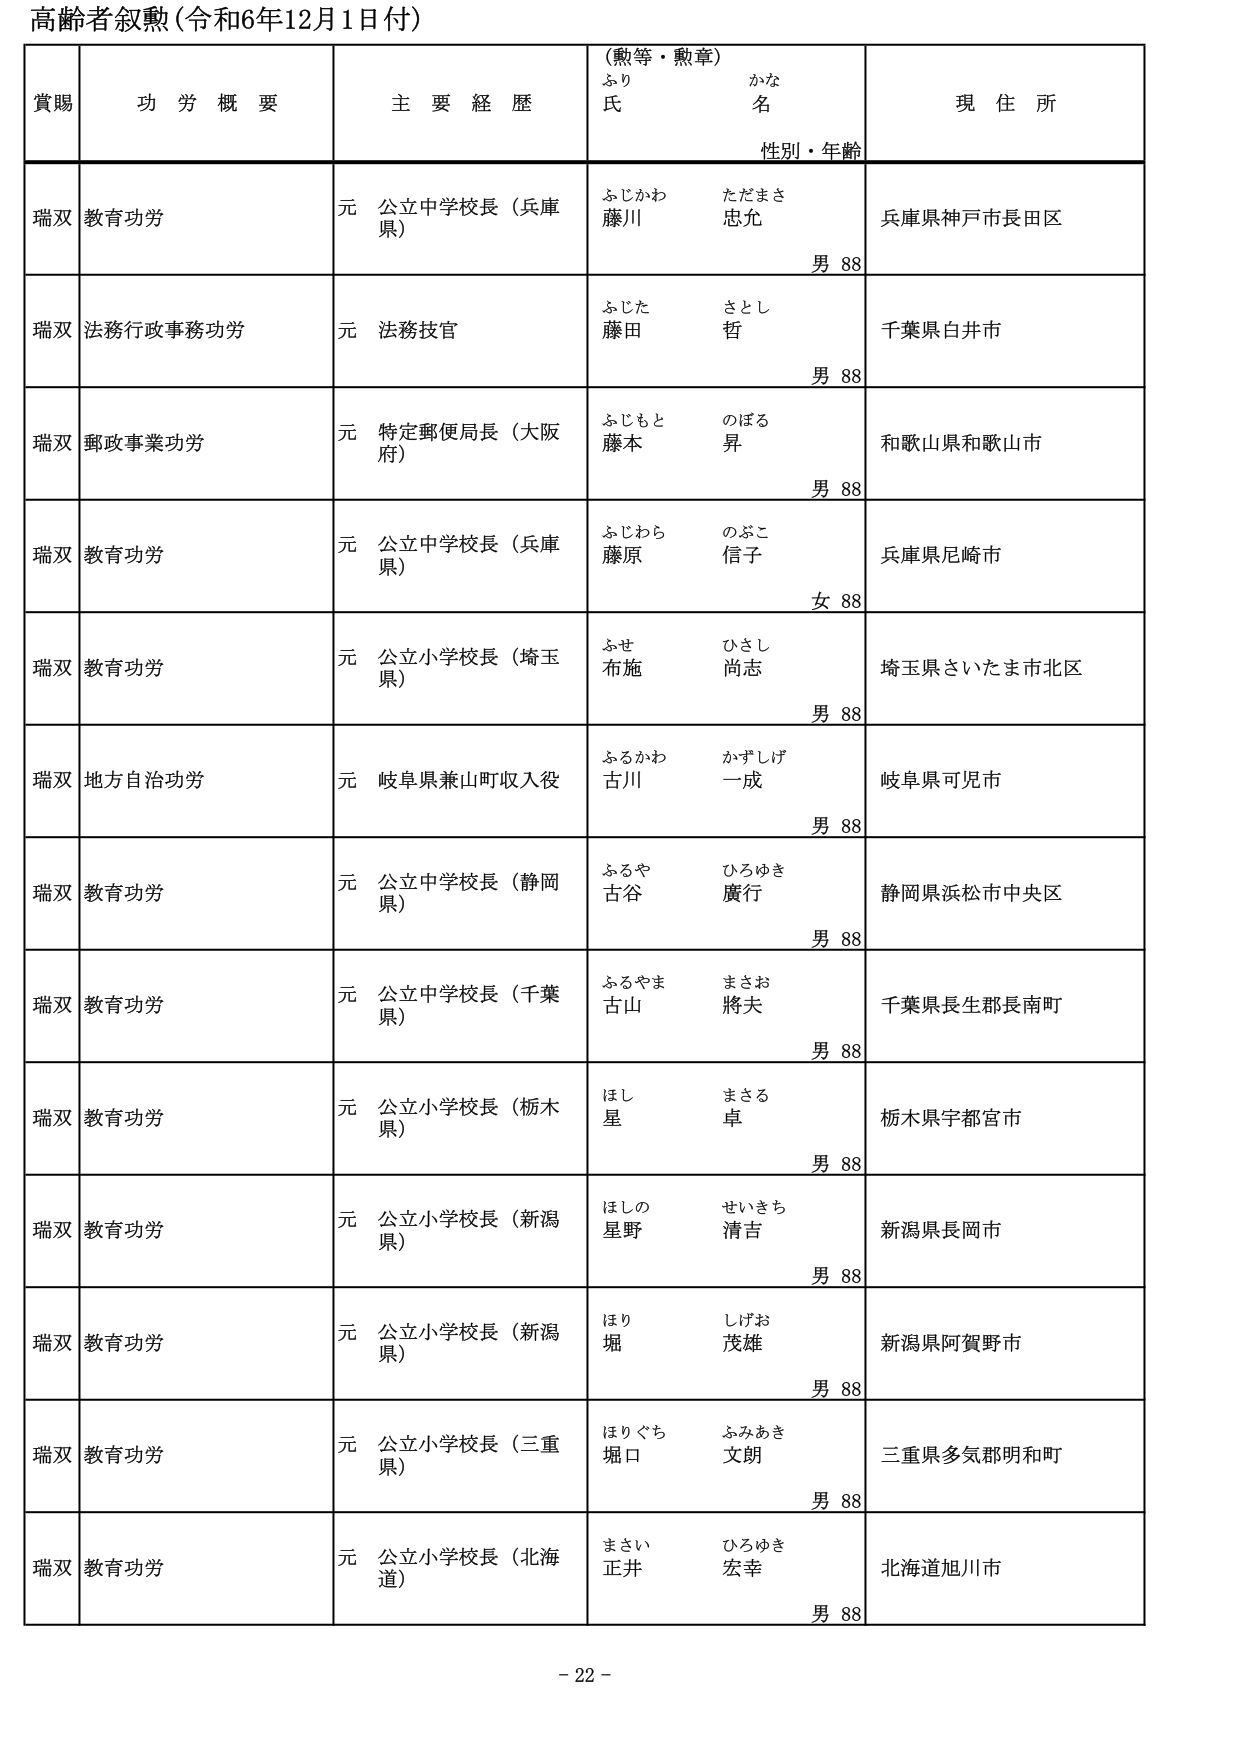
高齢者叙勲（令和6年12月1日付）

賞賜　　功労概要　　主要経歴　　（勲等・勲章）　　現住所
　　　　　　　　　　　　　　　ふり　　　かな
　　　　　　　　　　　　　　　氏　　　　名
　　　　　　　　　　　　　　　性別・年齢

瑞双　教育功労　　元 公立中学校長（兵庫県）　　ふじかわ　ただまさ　　兵庫県神戸市長田区
　　　　　　　　　　　　　　　　　　　　　　藤川　忠允　　　　　　男 88

瑞双　法務行政事務功労　　元 法務技官　　ふじた　さとし　　千葉県白井市
　　　　　　　　　　　　　　　　　　　　　　藤田　哲　　　　　　男 88

瑞双　郵政事業功労　　元 特定郵便局長（大阪府）　　ふじもと　のぼる　　和歌山県和歌山市
　　　　　　　　　　　　　　　　　　　　　　　　藤本　昇　　　　　　男 88

瑞双　教育功労　　元 公立中学校長（兵庫県）　　ふじわら　のぶこ　　兵庫県尼崎市
　　　　　　　　　　　　　　　　　　　　　　藤原　信子　　　　　　女 88

瑞双　教育功労　　元 公立小学校長（埼玉県）　　ふせ　ひさし　　埼玉県さいたま市北区
　　　　　　　　　　　　　　　　　　　　　　布施　尚志　　　　　　男 88

瑞双　地方自治功労　　元 岐阜県兼山町収入役　　ふるかわ　かずしげ　　岐阜県可児市
　　　　　　　　　　　　　　　　　　　　　　古川　一成　　　　　　男 88

瑞双　教育功労　　元 公立中学校長（静岡県）　　ふるや　ひろゆき　　静岡県浜松市中央区
　　　　　　　　　　　　　　　　　　　　　　古谷　廣行　　　　　　男 88

瑞双　教育功労　　元 公立中学校長（千葉県）　　ふるやま　まさお　　千葉県長生郡長南町
　　　　　　　　　　　　　　　　　　　　　　古山　將夫　　　　　　男 88

瑞双　教育功労　　元 公立小学校長（栃木県）　　ほし　まさる　　栃木県宇都宮市
　　　　　　　　　　　　　　　　　　　　　　星　卓　　　　　　男 88

瑞双　教育功労　　元 公立小学校長（新潟県）　　ほしの　せいきち　　新潟県長岡市
　　　　　　　　　　　　　　　　　　　　　　星野　清吉　　　　　　男 88

瑞双　教育功労　　元 公立小学校長（新潟県）　　ほり　しげお　　新潟県阿賀野市
　　　　　　　　　　　　　　　　　　　　　　堀　茂雄　　　　　　男 88

瑞双　教育功労　　元 公立小学校長（三重県）　　ほりぐち　ふみあき　　三重県多気郡明和町
　　　　　　　　　　　　　　　　　　　　　　堀口　文朗　　　　　　男 88

瑞双　教育功労　　元 公立小学校長（北海道）　　まさい　ひろゆき　　北海道旭川市
　　　　　　　　　　　　　　　　　　　　　　正井　宏幸　　　　　　男 88

- 22 -